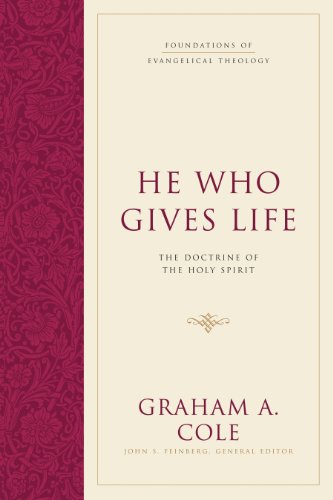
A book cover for He Who Gives Life: The Doctrine of the Holy Spirit (Foundations of Evangelical Theology); Graham A. Cole; Christian Books & Bibles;